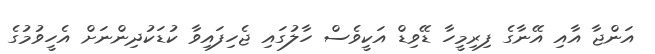
އަންޖާ އާއި އޭނާގެ ފިރިމީހާ ޑޭވިޑް އަކީވެސް ހާލުގައި ޖެހިފައިވާ ކުޑަކުދިންނަށް އެހީވުމުގެ